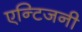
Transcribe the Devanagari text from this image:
एन्टिजनी